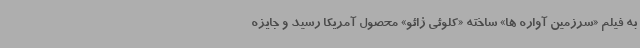
به فیلم «سرزمین آواره ها» ساخته «کلوئی ژائو» محصول آمریکا رسید و جایزه